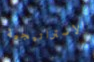
الاستراتيجية